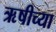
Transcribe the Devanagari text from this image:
ऋषीच्या